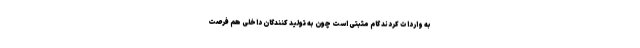
به واردات کردند گام مثبتی است چون به تولید کنندگان داخلی هم فرصت